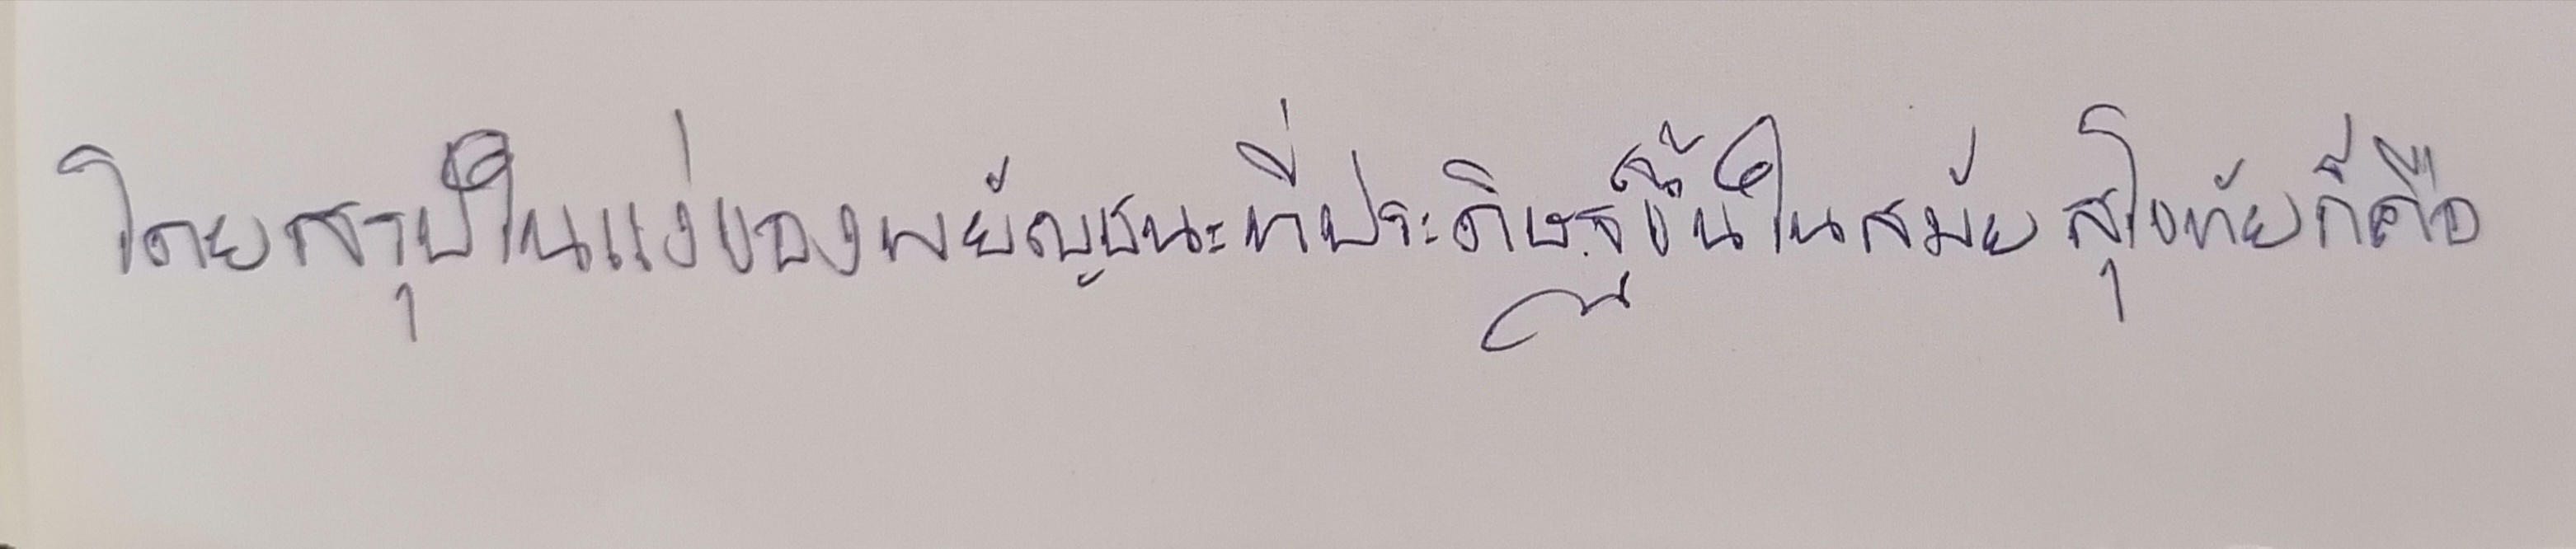
โดยสรุปในแง่ของพยัญชนะที่ประดิษฐ์ขึ้นในสมัยสุโขทัยก็คือ